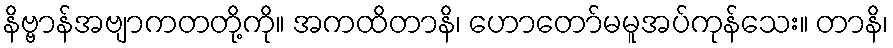
နိဗ္ဗာန်အဗျာကတတို့ကို။ အကထိတာနိ၊ ဟောတော်မမူအပ်ကုန်သေး။ တာနိ၊